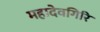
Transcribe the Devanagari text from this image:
महादेवगिरि